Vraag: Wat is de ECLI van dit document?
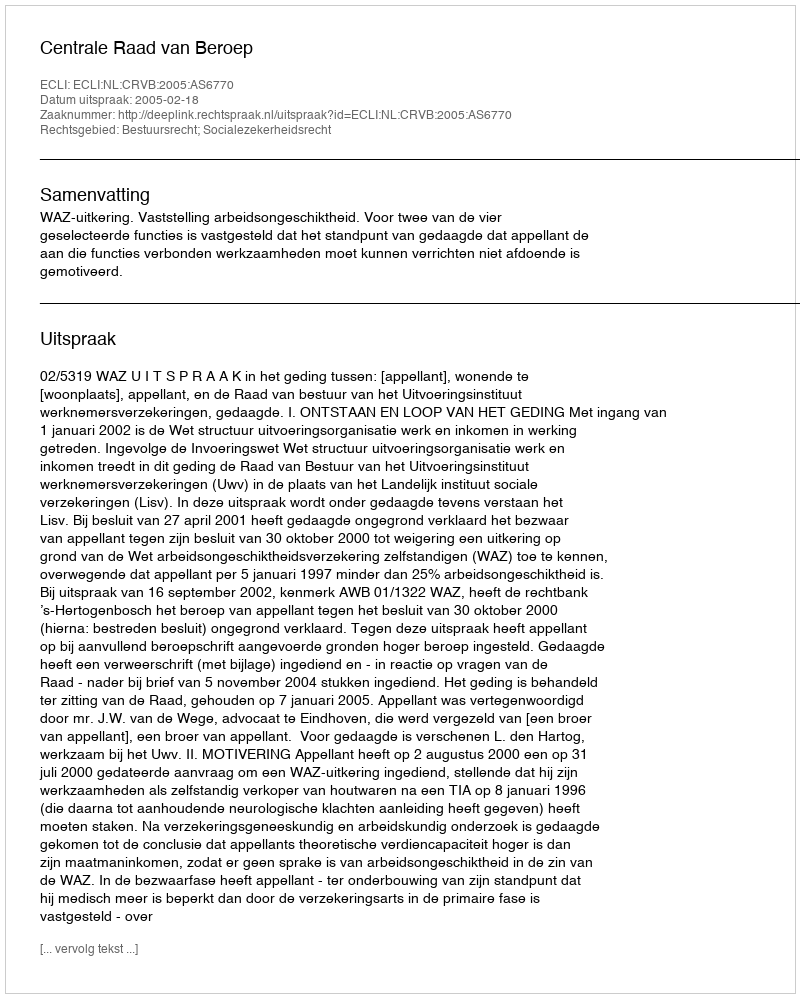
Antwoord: ECLI:NL:CRVB:2005:AS6770